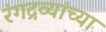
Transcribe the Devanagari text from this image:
रंगद्रव्यांच्या